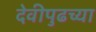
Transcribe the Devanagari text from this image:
देवीपुढच्या